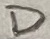
Text: D